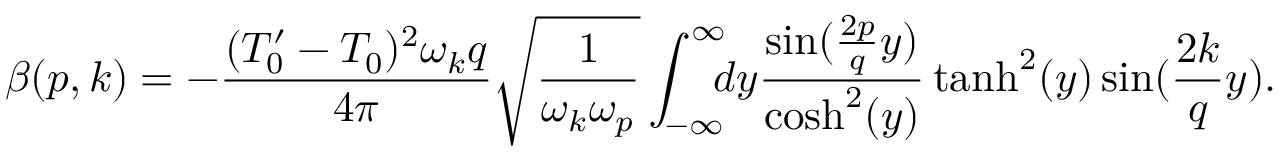
\beta ( p , k ) = - \frac { ( T _ { 0 } ^ { \prime } - T _ { 0 } ) ^ { 2 } \omega _ { k } q } { 4 \pi } \sqrt { \frac { 1 } { \omega _ { k } \omega _ { p } } } \int _ { - \infty } ^ { \infty } \! \! \! d y \frac { \sin ( \frac { 2 p } { q } y ) } { \mathrm { c o s h } ^ { 2 } ( y ) } \operatorname { t a n h } ^ { 2 } ( y ) \sin ( \frac { 2 k } { q } y ) .